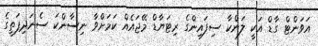
އަވަންޓް ގާޑް އަކީ ލަންކާ ސިފައިންގެ ރިޓަޔާޑް މޭޖައެއް ކަމަށްވާ ނިސާންކަ ސެނަދިޕަތީގެ